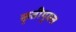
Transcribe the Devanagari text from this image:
कृतीयुक्त